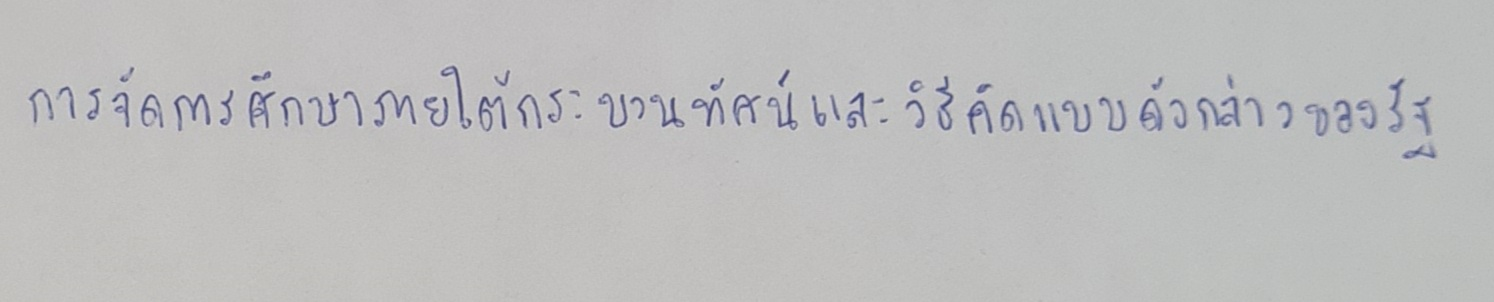
การจัดการศึกษาภายใต้กระบวนทัศน์และวิธีคิดแบบดังกล่าวของรัฐ